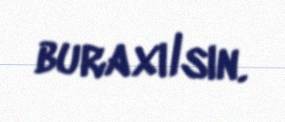
buraxılsın.